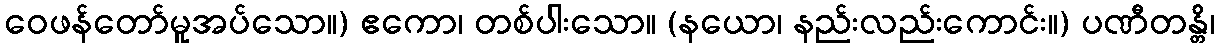
ဝေဖန်တော်မူအပ်သော။) ဧကော၊ တစ်ပါးသော။ (နယော၊ နည်းလည်းကောင်း။) ပဏီတန္တိ၊